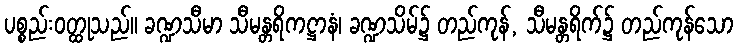
ပစ္စည်းဝတ္ထုသည်။ ခဏ္ဍသီမာ သီမန္တရိကဋ္ဌာနံ၊ ခဏ္ဍသိမ်၌ တည်ကုန်, သီမန္တရိက်၌ တည်ကုန်သော